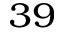
^ { 3 9 }